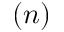
( n )